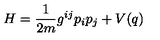
H = \frac { 1 } { 2 m } g ^ { i j } p _ { i } p _ { j } + V ( q )